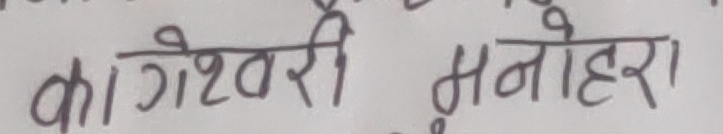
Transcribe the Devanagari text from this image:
का गेश्वरी मनोहरा